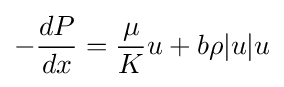
-{dP \over dx}={\mu  \over K}u+b\rho |u|u